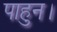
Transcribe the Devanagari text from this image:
पाहुन।